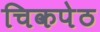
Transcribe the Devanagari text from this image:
चिकपेठ